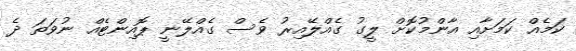
ކަމެއް ކަމަށާއި އާންމުކޮށް ލީގު ގެއްލޭއިރު ވެސް ގެއްލޭނީ ޕޮއިންޓެއް ނުވަތަ ދެ